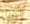
ليس